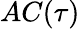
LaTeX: AC(\tau)